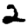
Digit: 2